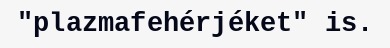
"plazmafehérjéket" is.